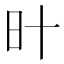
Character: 旪